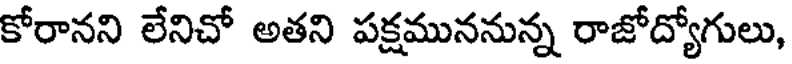
కోరానని లేనిచో అతని పక్షముననున్న రాజోద్యోగులు,